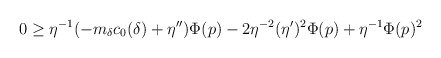
\begin{align*}0\geq \eta^{-1}(-m_\delta c_0(\delta)+\eta'')\Phi(p)-2\eta^{-2}(\eta')^2\Phi(p)+\eta^{-1}\Phi(p)^2\end{align*}